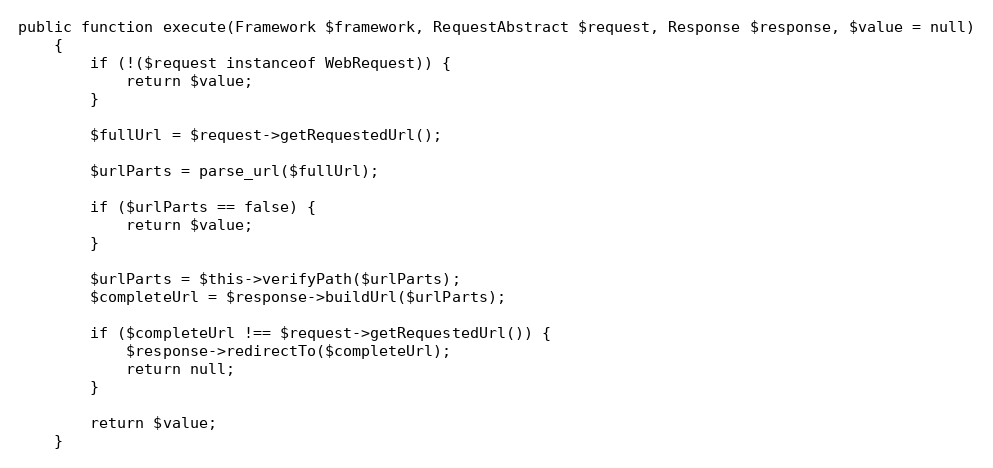
Language: PHP
public function execute(Framework $framework, RequestAbstract $request, Response $response, $value = null)
    {
        if (!($request instanceof WebRequest)) {
            return $value;
        }

        $fullUrl = $request->getRequestedUrl();

        $urlParts = parse_url($fullUrl);

        if ($urlParts == false) {
            return $value;
        }

        $urlParts = $this->verifyPath($urlParts);
        $completeUrl = $response->buildUrl($urlParts);

        if ($completeUrl !== $request->getRequestedUrl()) {
            $response->redirectTo($completeUrl);
            return null;
        }

        return $value;
    }